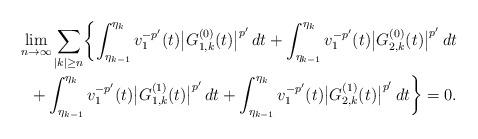
LaTeX: \begin{align*}\lim_{n\to\infty}\sum_{|k|\ge n}\biggl\{\int_{\eta_{k-1}}^{\eta_k}v_1^{-p'}(t)\bigl|G_{1,k}^{(0)}(t)\bigr|^{p'}\,dt+\int_{\eta_{k-1}}^{\eta_k}v_1^{-p'}(t)\bigl|G_{2,k}^{(0)}(t)\bigr|^{p'}\,dt\\+\int_{\eta_{k-1}}^{\eta_k}v_1^{-p'}(t)\bigl|G_{1,k}^{(1)}(t)\bigr|^{p'}\,dt+\int_{\eta_{k-1}}^{\eta_k}v_1^{-p'}(t)\bigl|G_{2,k}^{(1)}(t)\bigr|^{p'}\,dt\biggr\}=0.\end{align*}